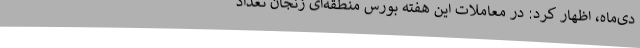
دی‌ماه، اظهار کرد: در معاملات این هفته بورس‌ منطقه‌ای زنجان تعداد